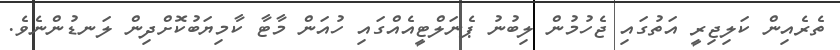
ތެރެއިން ކަލިޖިރީ އަތުގައި ޖެހުމުން ލިބުނު ޕެނަލްޓީއެއްގައި ހުއަން މާޓާ ކާމިޔަބުކޮށްދިން ލަނޑުންނެވެ.